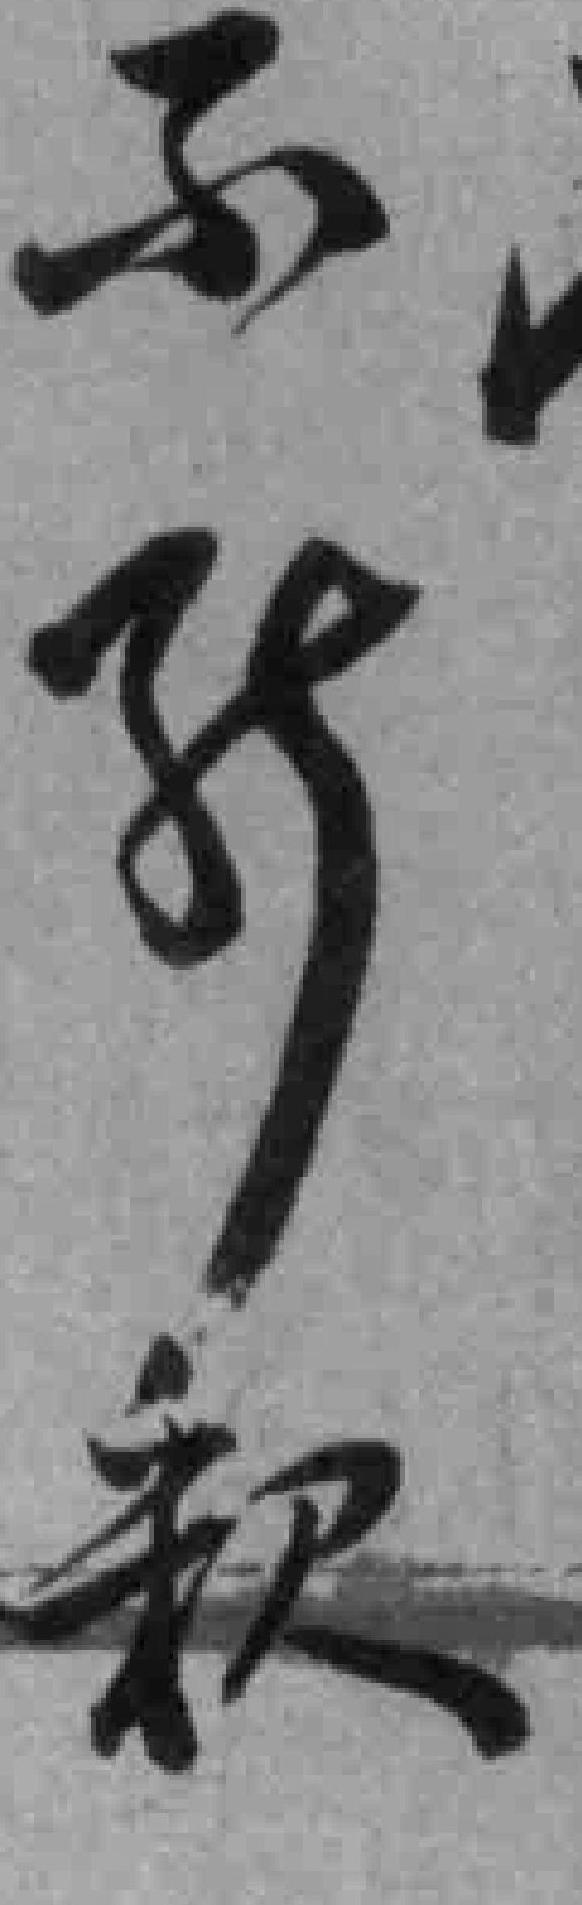
*